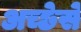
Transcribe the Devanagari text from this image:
अच्छेसे